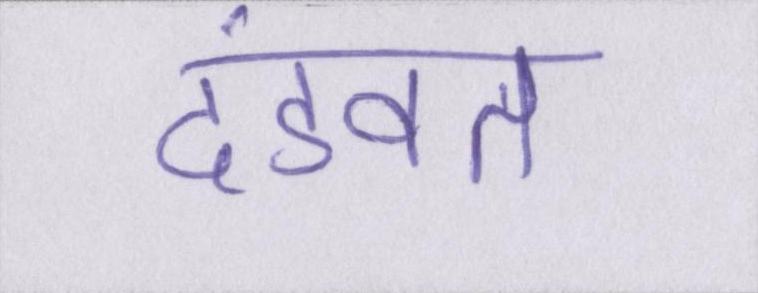
दंडवत